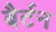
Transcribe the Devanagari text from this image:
बैर्टन